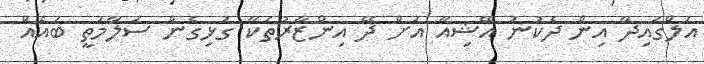
އަލްގައިދާ އިން ދެކުނު އޭޝިއާ އަށް ދޭ އިންޒާރުތަކާ ގުޅިގެން ސަލާމަތީ ބައެއް